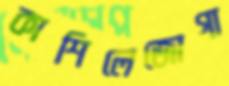
কাশিলেজোগা